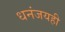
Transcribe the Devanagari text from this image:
धनंजयही